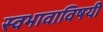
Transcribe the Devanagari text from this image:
स्वभावाविषयी